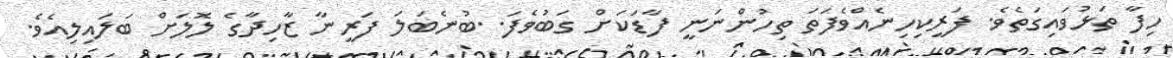
ހިފާ ތަޅުވައިގަތެވެ. ފަރީކިހިނެއްވެފަތަ ތިހުންނަނީ ފާޑަކަށް ގަބުވެފަ..ބުނެބަލަ ފަރީނާ ޒާހިދާގެ ލޮލަށް ބަލައިލިއެވެ.